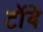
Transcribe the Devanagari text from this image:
टॉबे